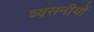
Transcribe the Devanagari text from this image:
व्यसनीयों